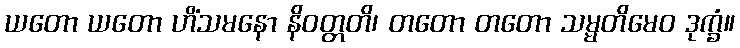
ယတော ယတော ဟိံသမနော နိဝတ္တတိ၊ တတော တတော သမ္မတိမေဝ ဒုက္ခံ။